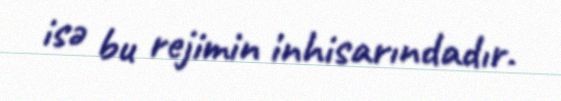
isə bu rejimin inhisarındadır.